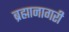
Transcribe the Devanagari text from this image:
ब्रह्मानागरी